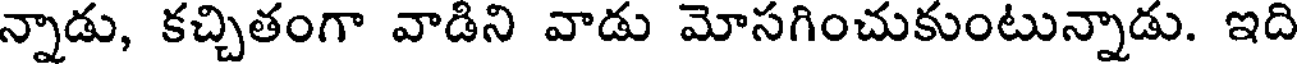
న్నాడు, కచ్చితంగా వాడిని వాడు మోసగించుకుంటున్నాడు. ఇది